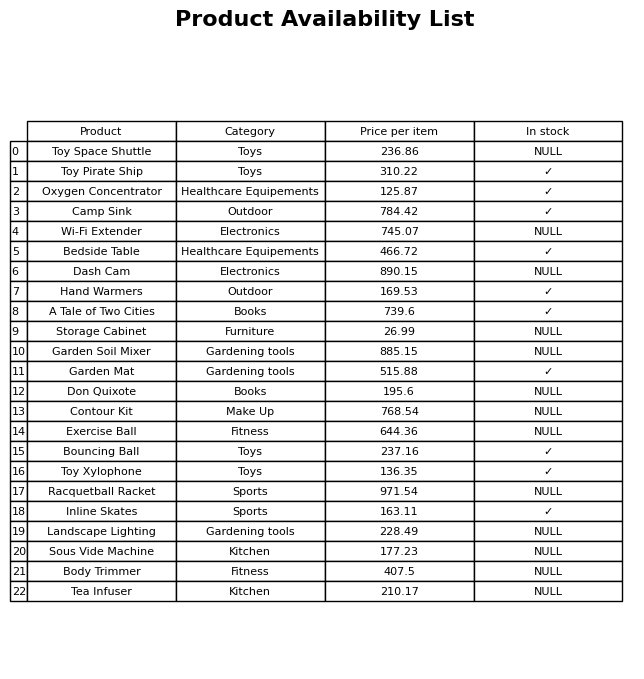
question: What is the price for Camp Sink?
answer: The price of Camp Sink is 784.42.